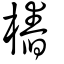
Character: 樁